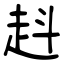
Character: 﨣